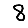
Digit: 8